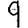
Digit: 9